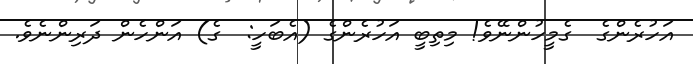
އަހުރެންގެ  ގެމީހުންނޭވެ! މިތިބީ އަހުރެންގެ (އެބަހީ:  ގެ) އަންހެން ދަރިންނެވެ.